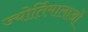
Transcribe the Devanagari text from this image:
ज्योर्तिमालाओं